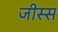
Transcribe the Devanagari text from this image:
जीस्स